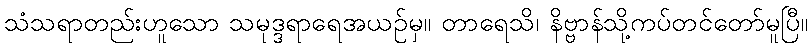
သံသရာတည်းဟူသော သမုဒ္ဒရာရေအယဉ်မှ။ တာရေသိ၊ နိဗ္ဗာန်သို့ကပ်တင်တော်မူပြီ။